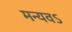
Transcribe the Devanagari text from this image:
मन्यवऽ